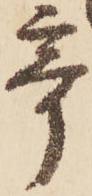
奇